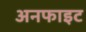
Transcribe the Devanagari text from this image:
अनफाइट